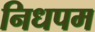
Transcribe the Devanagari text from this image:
निधपम